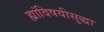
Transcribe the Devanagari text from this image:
ह्यांविषयीसुद्धा